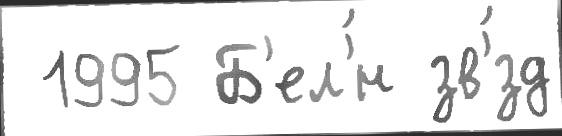
 1995 Б'ел'́н зв'́зд